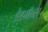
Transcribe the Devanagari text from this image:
डेडमॅन्स